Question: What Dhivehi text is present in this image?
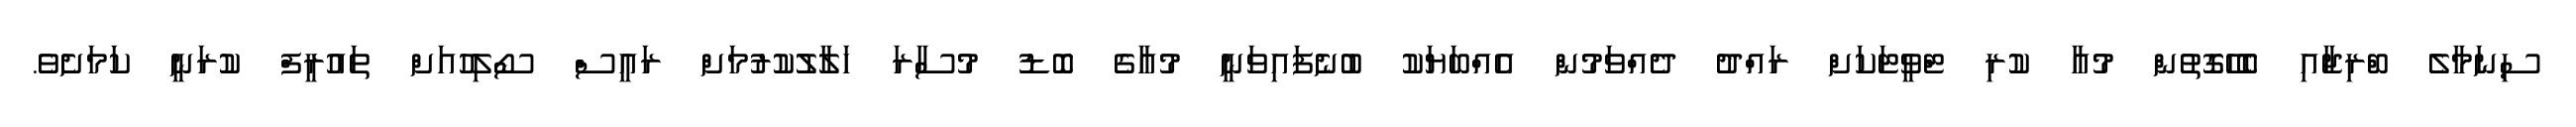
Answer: ސިނަމާލެ ބްރިޖާއި ބެހޭގޮތުން މުއާ ކުރި ޓްވީޓަކަށް ރައްދު ދެއްވަމުން އެއްބަޔަކު ބުނެފައިވަނީ މުއާގެ ބޮޑު މުސާރަ ހަލާލުކުރުމަށް ރައީސް ސޯލިހުއަށް ތައުރީފް ކުރަނީ ކަމަށެވެ.